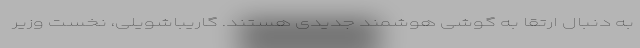
به دنبال ارتقا به گوشی هوشمند جدیدی هستند. گاریباشویلی، نخست وزیر